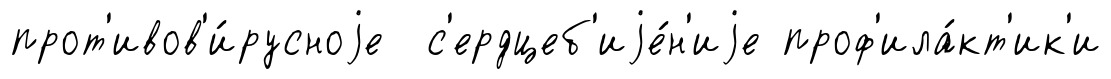
прот'ивов'и́русноjе с'ердцеб'иjе́н'иjе проф'ила́кт'ик'и